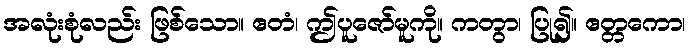
အလုံးစုံလည်း ဖြစ်သော။ ဧတံ၊ ဤပူဇော်မူကို။ ကတွာ၊ ပြု၍။ ဧတ္တကော၊